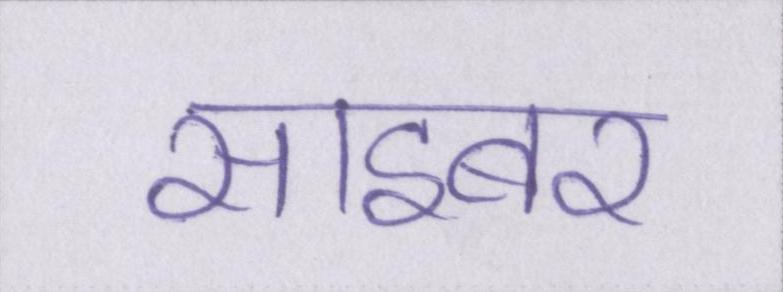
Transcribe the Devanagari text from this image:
साइबर